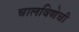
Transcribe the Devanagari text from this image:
चालविणेची